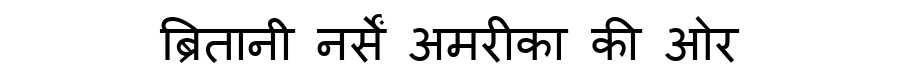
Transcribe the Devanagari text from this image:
ब्रितानी नर्सें अमरीका की ओर